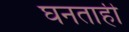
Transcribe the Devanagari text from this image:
घनताही